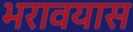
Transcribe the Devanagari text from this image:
भरावयास